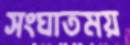
সংঘাতময়